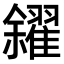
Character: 𠑝